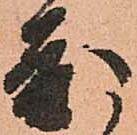
度